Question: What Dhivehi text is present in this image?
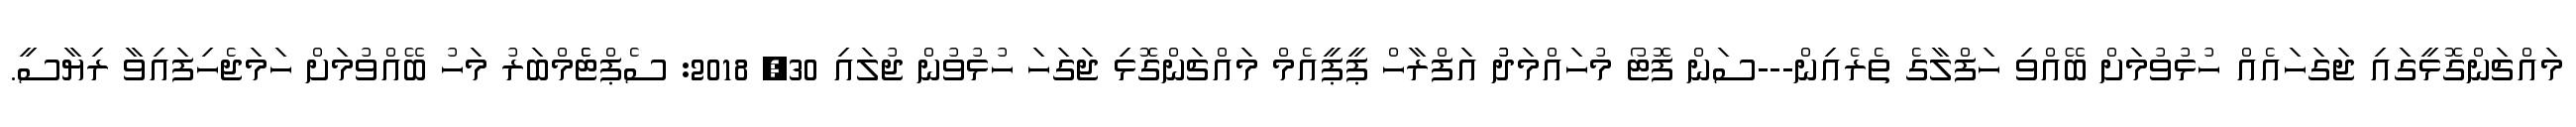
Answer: މައްޗަންގޮޅީގައި ޖަގަހައެއް ހުޅުވުމަށް ބޭއްވި ހަފްލާގެ ތެރެއިން---ސަން ފޮޓޯ މުހައްމަދުު އަފްރާހް ޕީޕީއެމް މައްޗަންގޮޅި ޖަގަހަ ހުޅުވުން ޖުލައި 30, 2018: ސެޕްޓެެމްބަރު މަހު ބޭއްވުމަށް ހަމަޖެހިފައިވާ ރިޔާސީ.